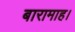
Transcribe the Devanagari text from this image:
बारामाह।